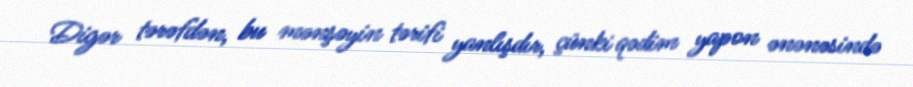
Digər tərəfdən, bu mənşəyin tərifi yanlışdır, çünki qədim yapon ənənəsində